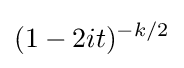
(1-2it)^{-k/2}